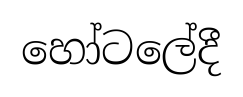
හෝටලේදී